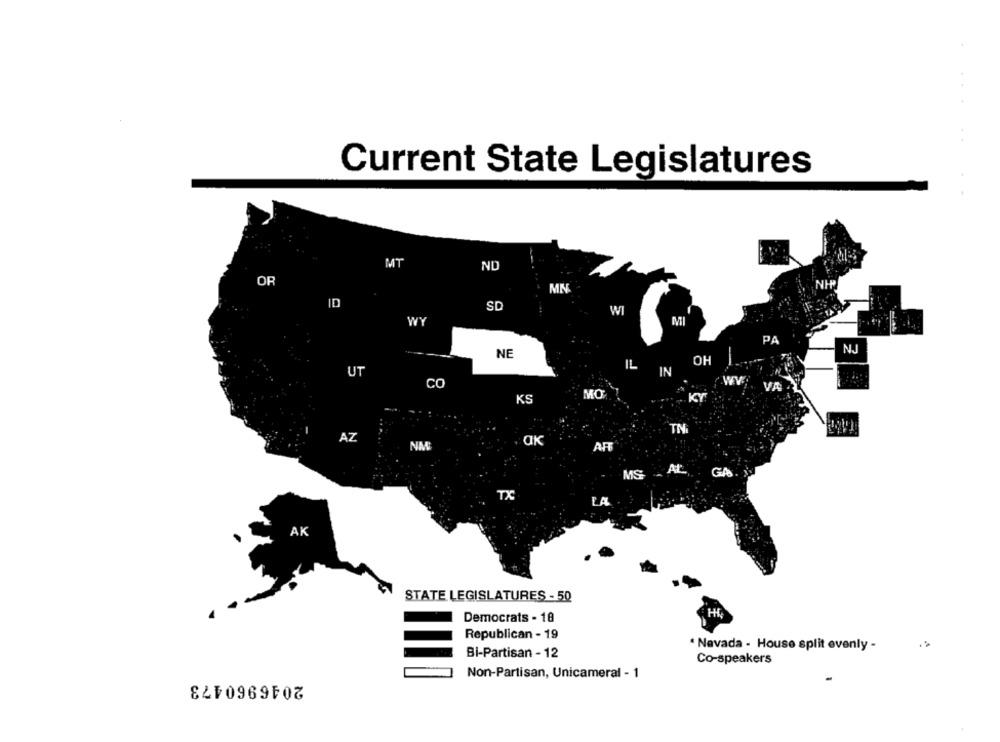
Current State Legislatures
MT
ND
OR
MN
ID
SD
WI
WY
PA
NJ
NE
OH
UT
IL
IN
CO
WV
KS
MO
KY
IN
AZ
NM
OK
AFF
MS AL GA >
TX
LA
AK
STATE LEGISLATURES - 50
Democrats - 18
Republican - 19
* Navada - House split evenly -
Bi-Partisan - 12
Co-speakers
Non-Partisan, Unicameral - 1
2046960473